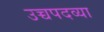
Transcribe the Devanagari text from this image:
उच्चपदव्या